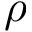
\rho